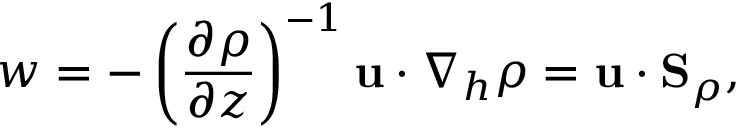
w = - \left( \frac { \partial \rho } { \partial z } \right) ^ { - 1 } { \bf u } \cdot \nabla _ { h } \rho = { \bf u } \cdot { \bf S } _ { \rho } ,